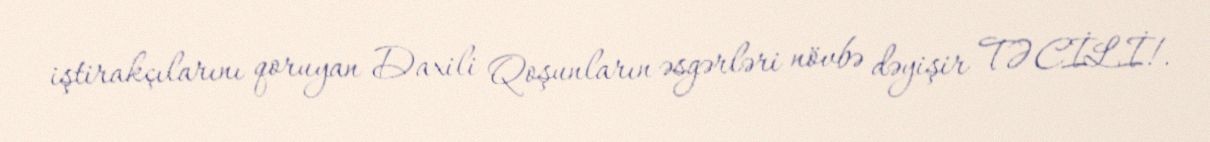
iştirakçılarını qoruyan Daxili Qoşunların əsgərləri növbə dəyişir TƏCİLİ!.